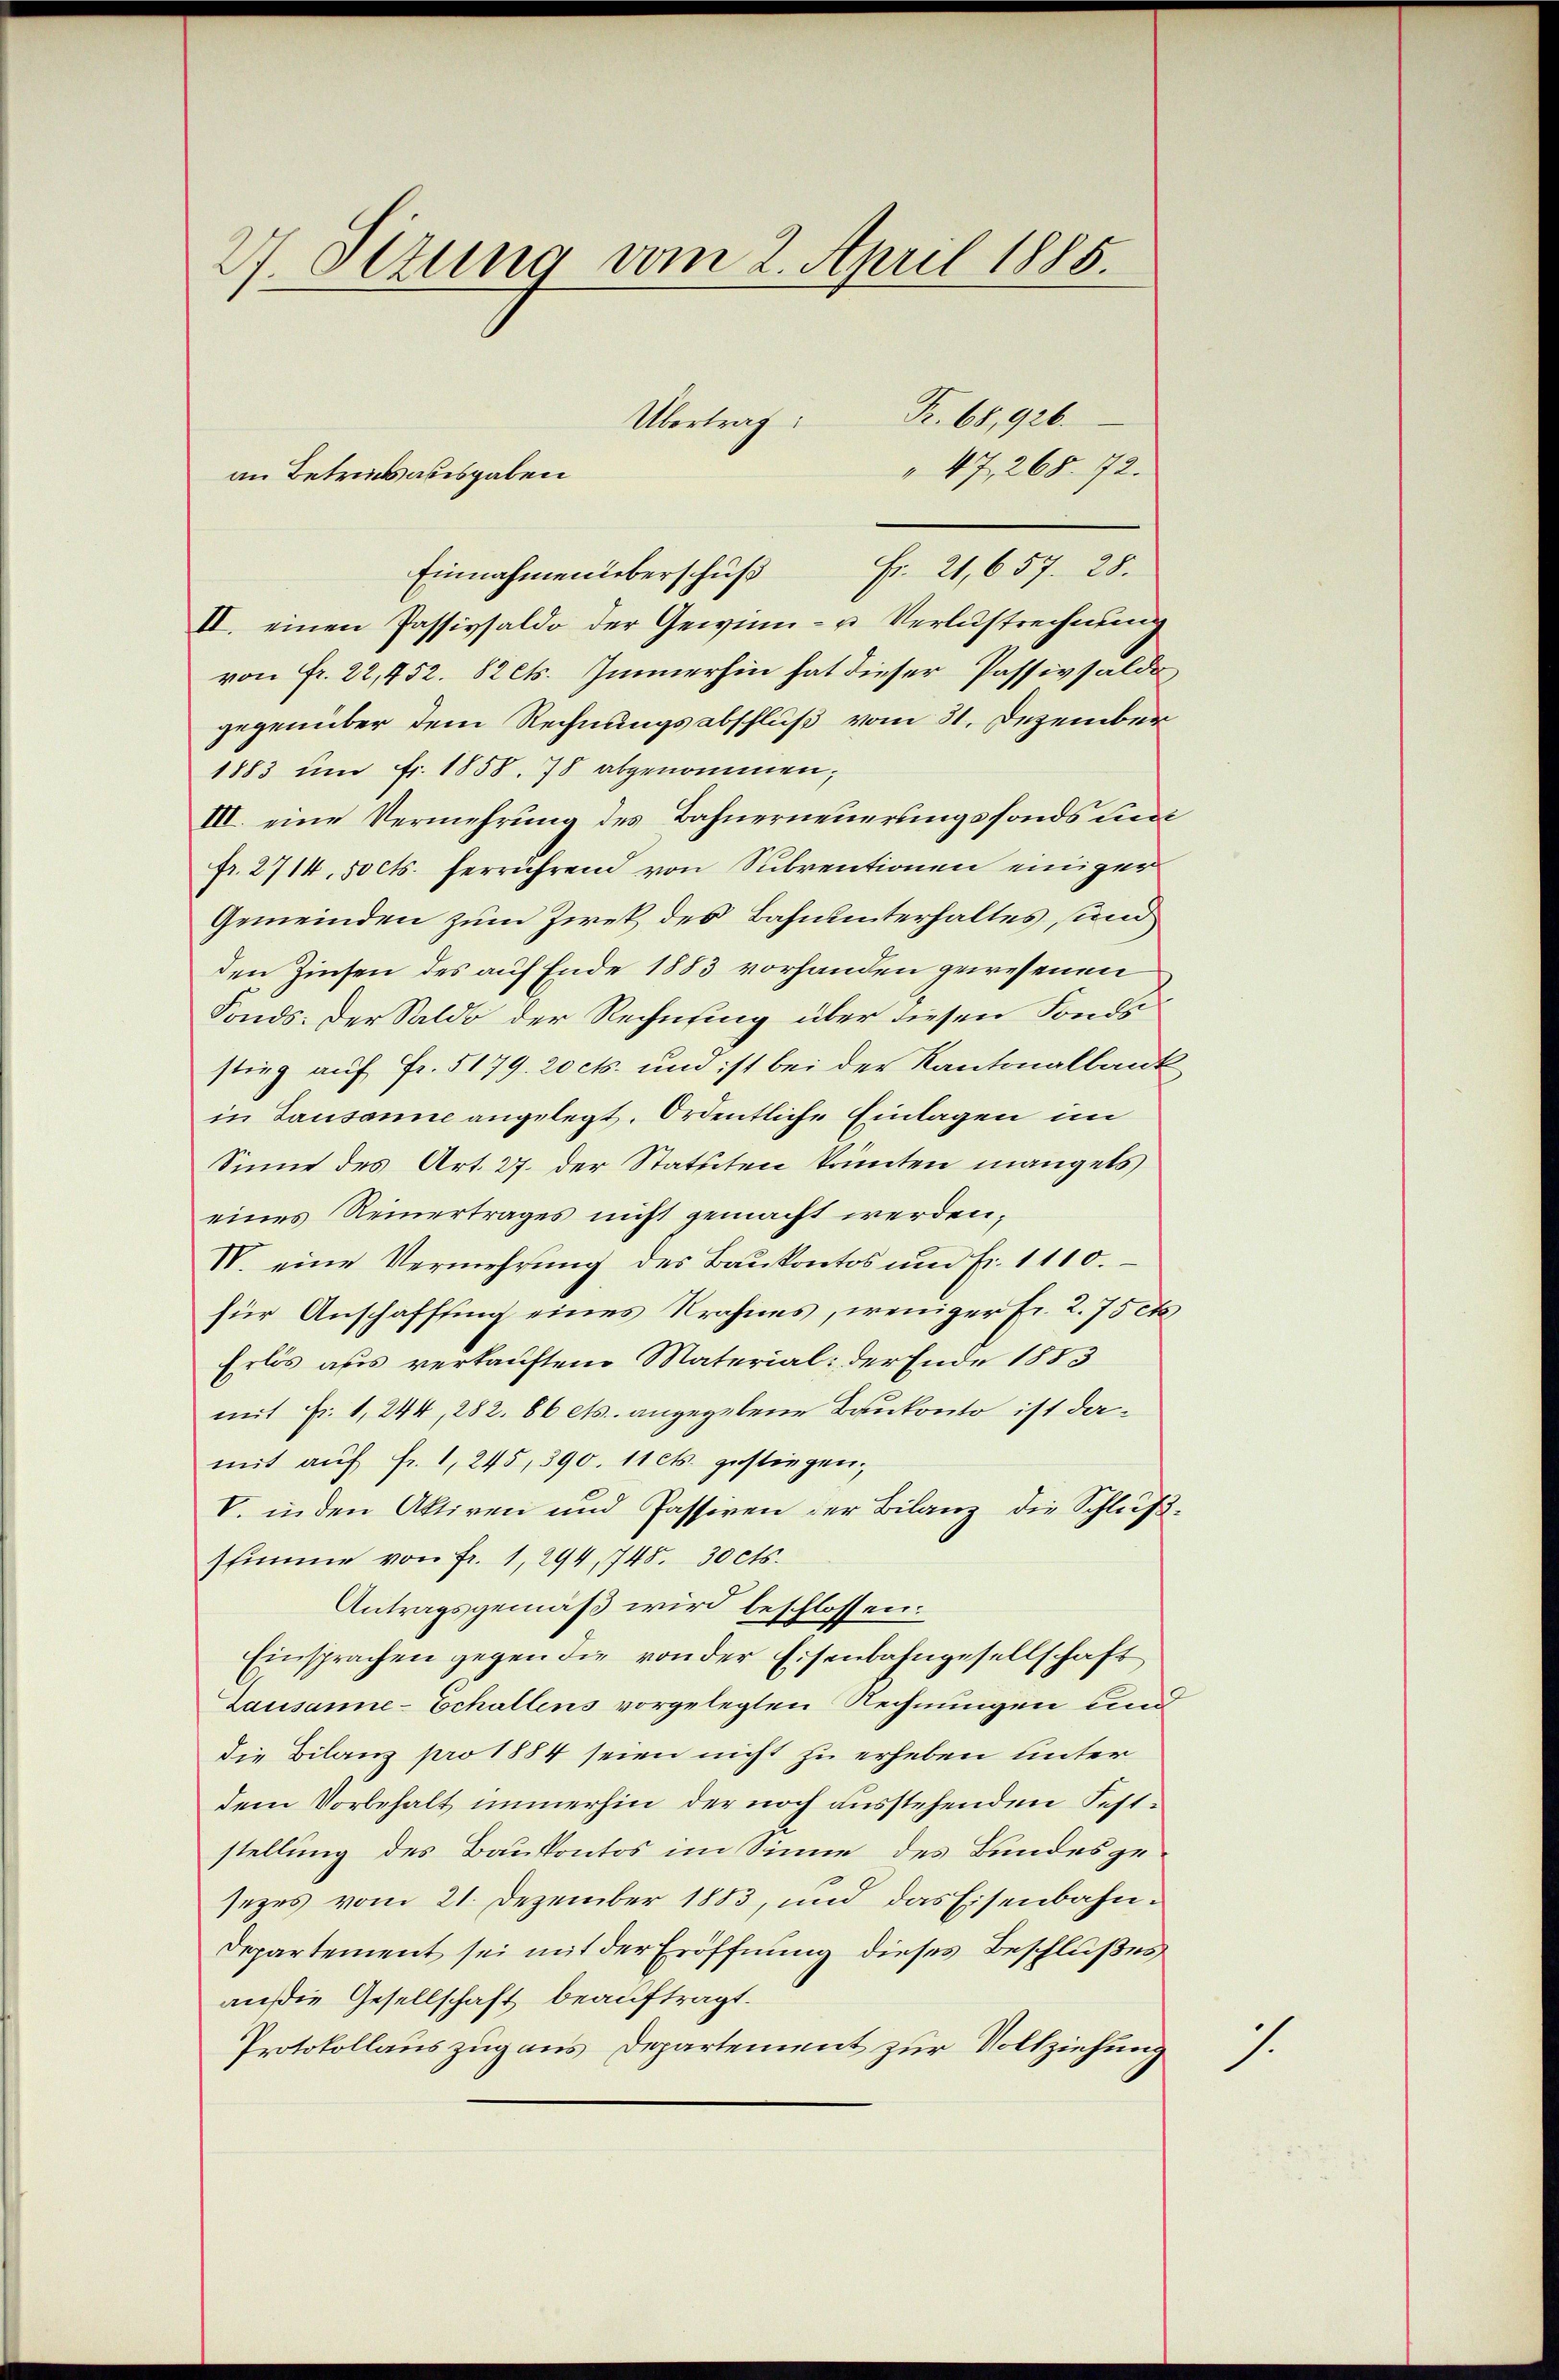
27 Ottung vom 2. April 1885.

" 47, 268. 72.
II. einen Passivsaldo der Gewinn- u Verlustrechnung
von Fr. 22,452. 82 Cts. Immerhin hat dieser Passivsaldo
gegenüber dem Rechnungsabschluß vom 31. Dezember
1883 um Fr. 1858. 78 abgenommen;
III. eine Vermehrung des Bahnerneuerungsfonds dien
fr. 2714, 50 cts. herrührend von Subventionen einiger
Gemeinden zum Zwek des Bahnunterhaltes, und
den Zinsen des auf Ende 1883 vorhanden gewesenen
Fonds. Der Saldo der Rechnung über diesen Fonds
stieg auf Fr. 5179. 20 cts. und ist bei der Kantonalbank
in Lausanne angelegt. Ordentliche Einlagen im
Sinne des Art. 27. der Statuten könnten mangels
eines Reinertrages nicht gemacht werden,
IV. eine Vermehrung des Baŭkontos und Fr. 1110.
für Anschaffung eines Krahimes, weniger Fr. 2. 75 et
Erlös aus verkauften Material der Ende 1883
mit Fr. 1, 244, 282. 86 ets. angegebene Baukonto ist damit auf fr. 1, 245, 390. 11 cts. gestiegen,
V. in den Aktiven und Passiven der Bilanz die Schlŭβ-
stimme von Fr. 1, 294, 745. 30 cts.
Antragsgemäß wird beschlossen:
Einsprachen gegen die von der Eisenbahngesellschaft
Lausanne-Echallens vorgelegten Rechnungen und
die Bilanz pro 1884 seien nicht zu erheben unter
dem Vorbehalt immerhin der noch ausstehenden Feststellung des Baukontos im Sinne des Bundesgesezes vom 21. Dezember 1883, und das Eisenbahn¬
Departement sei mit der Eröffnung dieses Beschlußes
außie Gesellschaft beauftragt.
Protokollauszug aus Departement zur Vollziehung

Übertrag:
an Betriebsausgaben

Einnahmen überschŭβ Fr. 21, 657. 28.

Fr. 68,926.

1